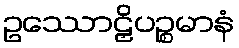
ဥဿောဠှိပဉ္စမာနံ